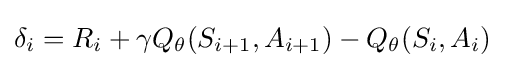
\delta _{i}=R_{i}+\gamma Q_{\theta }(S_{i+1},A_{i+1})-Q_{\theta }(S_{i},A_{i})